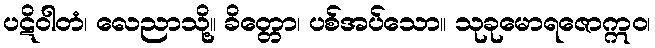
ပဋိဝါတံ၊ လေညာသို့။ ခိတ္တော၊ ပစ်အပ်သော။ သုခုမောရဇောဣဝ၊